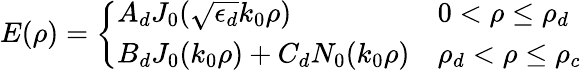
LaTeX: E(\rho)=\left\{ \begin{array}{ll}{A_{d}J_{0}(\sqrt{\epsilon_{d}}k_{0}\rho)}&{0<\rho\leq\rho_{d}}\\ {B_{d}J_{0}(k_{0}\rho)+C_{d}N_{0}(k_{0}\rho)}&{\rho_{d}<\rho\leq\rho_{c}}\end{array}\right.